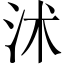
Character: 沭